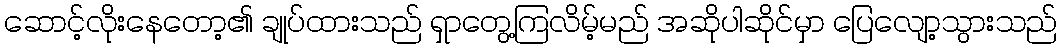
ဆောင့်လိုးနေတော့၏ ချုပ်ထားသည် ရှာတွေ့ကြလိမ့်မည် အဆိုပါဆိုင်မှာ ပြေလျော့သွားသည်